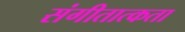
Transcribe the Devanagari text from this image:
संगीतात्कता